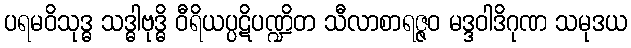
ပရမဝိသုဒ္ဓ သဒ္ဓါဗုဒ္ဓိ ဝီရိယပ္ပဋိပဏ္ဍိတ သီလာစာရဇ္ဇဝ မဒ္ဒဝါဒိဂုဏ သမုဒယ